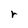
Character: r